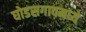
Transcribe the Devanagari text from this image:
घोडसगावमध्ये